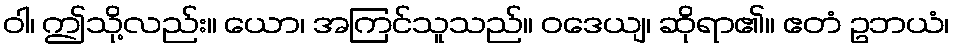
ဝါ၊ ဤသို့လည်း။ ယော၊ အကြင်သူသည်။ ဝဒေယျ၊ ဆိုရာ၏။ ဧတံ ဥဘယံ၊